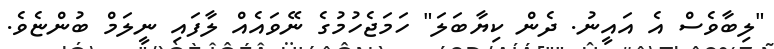
"ލިބާވެސް އެ އައީނު. ދެން ކިޔާބަލަ" ހަމަޖެހުމުގެ ނޭވައެއް ލާފައި ނީލަމް ބުންޏެވެ.